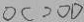
O C > O D